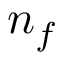
n _ { f }